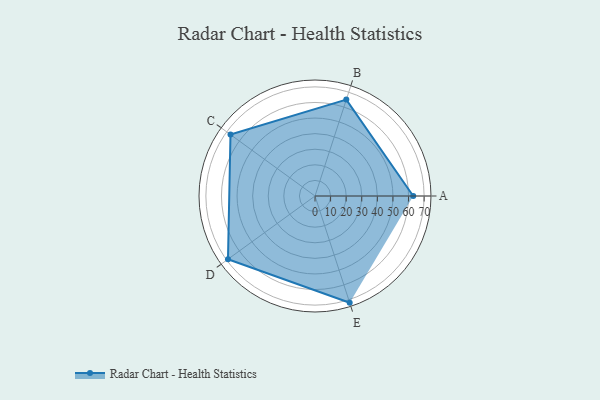
{"axis": {"x": "Skill", "y": "Score"}, "legend": ["Profile"], "data": [{"x": "A", "y": 63.0, "type": "Profile"}, {"x": "B", "y": 65.0, "type": "Profile"}, {"x": "C", "y": 67.0, "type": "Profile"}, {"x": "D", "y": 69.0, "type": "Profile"}, {"x": "E", "y": 72.0, "type": "Profile"}]}